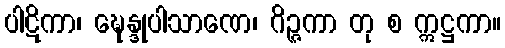
ပါဋိကာ၊ ဍ္ဎေန္ဒုပါသာဏေ၊ ဂိဉ္ဇကာ တု စ ဣဋ္ဌကာ။